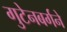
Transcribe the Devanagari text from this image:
गुटेनबर्गने